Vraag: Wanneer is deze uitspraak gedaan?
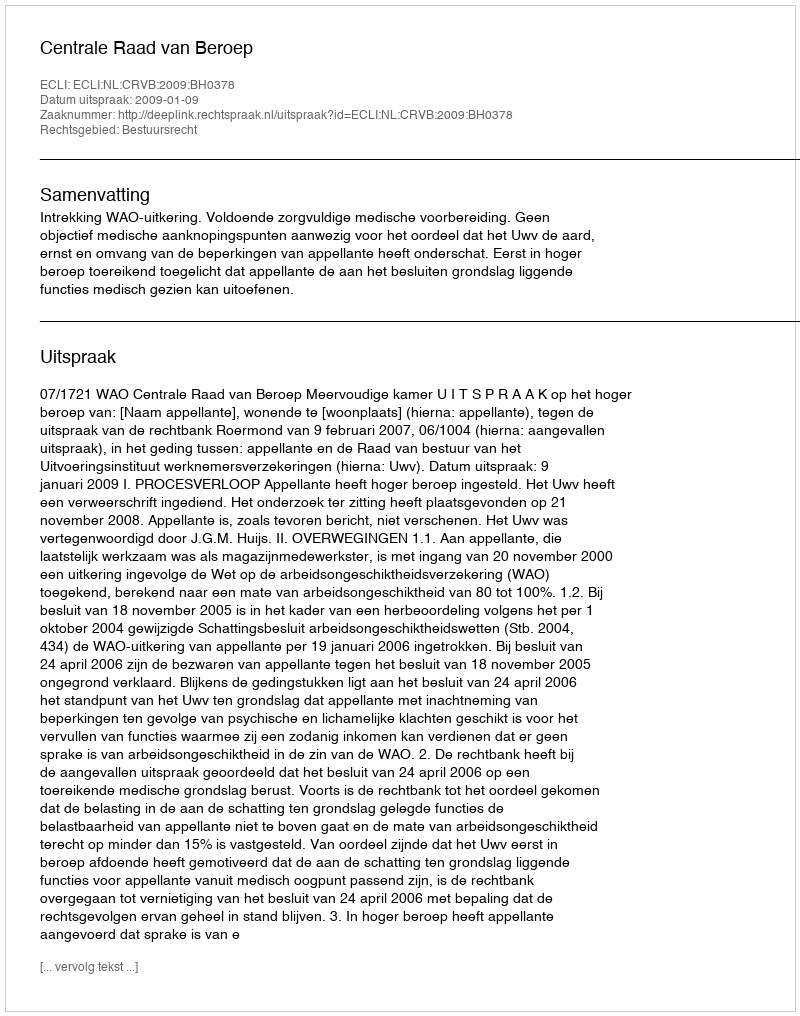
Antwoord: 2009-01-09